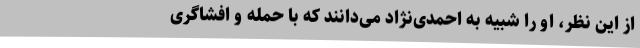
از این نظر، او را شبیه به احمدی‌نژاد می‌دانند که با حمله و افشاگری